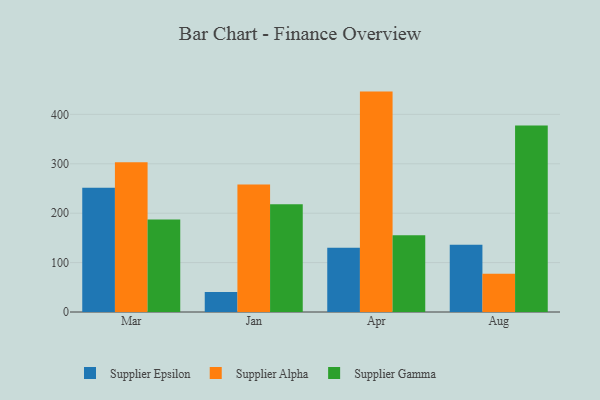
{"axis": {"x": "Month", "y": "Shipments"}, "legend": ["Supplier Alpha", "Supplier Epsilon", "Supplier Gamma"], "data": [{"x": "Mar", "y": 251.5, "type": "Supplier Epsilon"}, {"x": "Mar", "y": 303.2, "type": "Supplier Alpha"}, {"x": "Mar", "y": 187.0, "type": "Supplier Gamma"}, {"x": "Jan", "y": 40.3, "type": "Supplier Epsilon"}, {"x": "Jan", "y": 258.1, "type": "Supplier Alpha"}, {"x": "Jan", "y": 218.3, "type": "Supplier Gamma"}, {"x": "Apr", "y": 129.8, "type": "Supplier Epsilon"}, {"x": "Apr", "y": 446.1, "type": "Supplier Alpha"}, {"x": "Apr", "y": 155.2, "type": "Supplier Gamma"}, {"x": "Aug", "y": 136.0, "type": "Supplier Epsilon"}, {"x": "Aug", "y": 77.6, "type": "Supplier Alpha"}, {"x": "Aug", "y": 377.4, "type": "Supplier Gamma"}]}